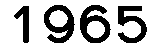
1965